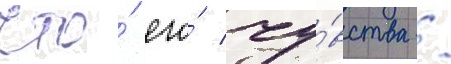
что́ его́ чу́вства /